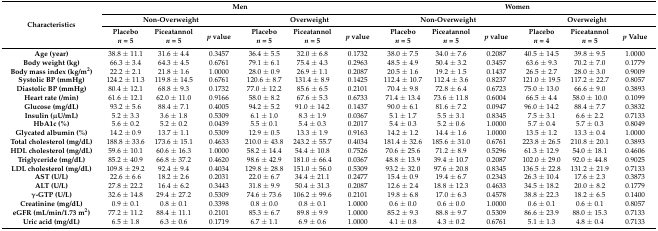
<table><thead><tr><td rowspan="3"><b>Characteristics</b></td><td colspan="6"><b>Men</b></td><td colspan="6"><b>Women</b></td></tr><tr><td colspan="3"><b>Non-Overweight</b></td><td colspan="3"><b>Overweight</b></td><td colspan="3"><b>Non-Overweight</b></td><td colspan="3"><b>Overweight</b></td></tr><tr><td><b>Placebo<i>n</i> = 5</b></td><td><b>Piceatannol<i>n</i> = 5</b></td><td><b><i>p</i> value</b></td><td><b>Placebo<i>n</i> = 5</b></td><td><b>Piceatannol<i>n</i> = 5</b></td><td><b><i>p</i> value</b></td><td><b>Placebo<i>n</i> = 5</b></td><td><b>Piceatannol<i>n</i> = 5</b></td><td><b><i>p</i> value</b></td><td><b>Placebo<i>n</i> = 4</b></td><td><b>Piceatannol<i>n</i> = 5</b></td><td><b><i>p</i> Value</b></td></tr></thead><tbody><tr><td><b>Age (year)</b></td><td>38.8 ± 11.1</td><td>31.6 ± 4.4</td><td>0.3457</td><td>36.4 ± 5.5</td><td>32.0 ± 6.8</td><td>0.1732</td><td>38.0 ± 7.5</td><td>34.0 ± 7.6</td><td>0.2087</td><td>40.5 ± 14.5</td><td>39.8 ± 9.5</td><td>1.0000</td></tr><tr><td><b>Body weight (kg)</b></td><td>66.3 ± 3.4</td><td>64.3 ± 4.5</td><td>0.6761</td><td>79.1 ± 6.1</td><td>75.4 ± 4.3</td><td>0.2963</td><td>48.5 ± 4.9</td><td>50.4 ± 3.2</td><td>0.3457</td><td>63.6 ± 9.3</td><td>70.2 ± 7.0</td><td>0.1779</td></tr><tr><td><b>Body mass index (kg/m<sup>2</sup>)</b></td><td>22.2 ± 2.1</td><td>21.8 ± 1.6</td><td>1.0000</td><td>28.0 ± 0.9</td><td>26.9 ± 1.1</td><td>0.2087</td><td>20.5 ± 1.6</td><td>19.2 ± 1.5</td><td>0.1437</td><td>26.5 ± 2.7</td><td>28.0 ± 3.0</td><td>0.9009</td></tr><tr><td><b>Systolic BP (mmHg)</b></td><td>124.2 ± 11.3</td><td>119.8 ± 14.5</td><td>0.6761</td><td>120.6 ± 8.7</td><td>131.4 ± 8.9</td><td>0.1425</td><td>112.4 ± 10.7</td><td>112.4 ± 3.6</td><td>0.8237</td><td>121.0 ± 19.5</td><td>117.2 ± 22.7</td><td>0.8057</td></tr><tr><td><b>Diastolic BP (mmHg)</b></td><td>80.4 ± 12.1</td><td>68.8 ± 9.3</td><td>0.1732</td><td>77.0 ± 12.2</td><td>85.6 ± 6.5</td><td>0.2101</td><td>70.4 ± 9.8</td><td>72.8 ± 6.4</td><td>0.6723</td><td>75.0 ± 13.0</td><td>66.6 ± 9.0</td><td>0.3893</td></tr><tr><td><b>Heart rate (/min)</b></td><td>61.6 ± 12.1</td><td>62.0 ± 11.0</td><td>0.9166</td><td>58.0 ± 8.2</td><td>67.6 ± 5.3</td><td>0.6733</td><td>71.4 ± 13.4</td><td>73.6 ± 11.8</td><td>0.6004</td><td>66.5 ± 4.4</td><td>58.0 ± 10.0</td><td>0.1099</td></tr><tr><td><b>Glucose (mg/dL)</b></td><td>93.2 ± 5.6</td><td>88.4 ± 7.1</td><td>0.4005</td><td>94.2 ± 5.2</td><td>91.0 ± 14.2</td><td>0.1437</td><td>90.0 ± 6.1</td><td>81.6 ± 7.2</td><td>0.0947</td><td>96.0 ± 14.2</td><td>88.4 ± 7.7</td><td>0.3832</td></tr><tr><td><b>Insulin (μU/mL)</b></td><td>5.2 ± 3.3</td><td>3.6 ± 1.8</td><td>0.5309</td><td>6.1 ± 1.0</td><td>8.3 ± 1.9</td><td>0.0367</td><td>5.1 ± 1.7</td><td>5.5 ± 3.1</td><td>0.8345</td><td>7.5 ± 3.1</td><td>6.6 ± 2.2</td><td>0.7133</td></tr><tr><td><b>HbA1c (%)</b></td><td>5.6 ± 0.2</td><td>5.2 ± 0.2</td><td>0.0439</td><td>5.5 ± 0.1</td><td>5.4 ± 0.3</td><td>0.2017</td><td>5.4 ± 0.3</td><td>5.2 ± 0.6</td><td>1.0000</td><td>5.7 ± 0.4</td><td>5.7 ± 0.3</td><td>0.8049</td></tr><tr><td><b>Glycated albumin (%)</b></td><td>14.2 ± 0.9</td><td>13.7 ± 1.1</td><td>0.5309</td><td>12.9 ± 0.5</td><td>13.3 ± 1.9</td><td>0.9163</td><td>14.2 ± 1.2</td><td>14.4 ± 1.6</td><td>1.0000</td><td>13.5 ± 1.2</td><td>13.3 ± 0.4</td><td>1.0000</td></tr><tr><td><b>Total cholesterol (mg/dL)</b></td><td>188.8 ± 33.6</td><td>173.6 ± 15.1</td><td>0.4633</td><td>210.0 ± 43.8</td><td>243.2 ± 55.7</td><td>0.4034</td><td>181.4 ± 32.6</td><td>185.6 ± 31.0</td><td>0.6761</td><td>223.8 ± 26.5</td><td>210.8 ± 20.1</td><td>0.3893</td></tr><tr><td><b>HDL cholesterol (mg/dL)</b></td><td>59.6 ± 10.1</td><td>60.6 ± 16.3</td><td>1.0000</td><td>58.2 ± 14.4</td><td>54.4 ± 10.8</td><td>0.7526</td><td>70.6 ± 25.6</td><td>71.2 ± 8.9</td><td>0.5296</td><td>61.3 ± 12.9</td><td>54.0 ± 18.1</td><td>0.4606</td></tr><tr><td><b>Triglyceride (mg/dL)</b></td><td>85.2 ± 40.9</td><td>66.8 ± 37.2</td><td>0.4620</td><td>98.6 ± 42.9</td><td>181.0 ± 66.4</td><td>0.0367</td><td>48.8 ± 13.9</td><td>39.4 ± 10.7</td><td>0.2087</td><td>102.0 ± 29.0</td><td>92.0 ± 44.8</td><td>0.9025</td></tr><tr><td><b>LDL cholesterol (mg/dL)</b></td><td>109.8 ± 29.2</td><td>92.4 ± 9.4</td><td>0.4034</td><td>129.8 ± 28.8</td><td>151.0 ± 56.0</td><td>0.5309</td><td>93.2 ± 32.0</td><td>97.6 ± 20.8</td><td>0.8345</td><td>136.5 ± 22.8</td><td>131.2 ± 21.9</td><td>0.7133</td></tr><tr><td><b>AST (U/L)</b></td><td>22.6 ± 6.6</td><td>18.2 ± 2.6</td><td>0.2031</td><td>22.0 ± 6.7</td><td>34.4 ± 21.1</td><td>0.2477</td><td>15.4 ± 0.9</td><td>19.4 ± 6.7</td><td>0.2343</td><td>26.3 ± 10.4</td><td>17.6 ± 2.3</td><td>0.3873</td></tr><tr><td><b>ALT (U/L)</b></td><td>27.8 ± 22.2</td><td>16.4 ± 6.2</td><td>0.3443</td><td>31.8 ± 9.9</td><td>50.4 ± 31.3</td><td>0.2087</td><td>12.6 ± 2.4</td><td>18.8 ± 12.3</td><td>0.4633</td><td>34.5 ± 18.2</td><td>20.0 ± 8.2</td><td>0.1779</td></tr><tr><td><b>γ-GTP (U/L)</b></td><td>32.6 ± 14.8</td><td>29.4 ± 27.2</td><td>0.5309</td><td>74.6 ± 73.6</td><td>106.2 ± 99.6</td><td>0.2101</td><td>19.8 ± 6.8</td><td>17.0 ± 6.3</td><td>0.4578</td><td>38.8 ± 22.3</td><td>18.2 ± 6.5</td><td>0.1400</td></tr><tr><td><b>Creatinine (mg/dL)</b></td><td>0.9 ± 0.1</td><td>0.8 ± 0.1</td><td>0.3398</td><td>0.8 ± 0.0</td><td>0.8 ± 0.1</td><td>1.0000</td><td>0.6 ± 0.0</td><td>0.6 ± 0.0</td><td>1.0000</td><td>0.6 ± 0.1</td><td>0.6 ± 0.1</td><td>0.8057</td></tr><tr><td><b>eGFR (mL/min/1.73 m<sup>2</sup>)</b></td><td>77.2 ± 11.2</td><td>88.4 ± 11.1</td><td>0.2101</td><td>85.3 ± 6.7</td><td>89.8 ± 9.9</td><td>1.0000</td><td>85.2 ± 9.3</td><td>88.8 ± 9.7</td><td>0.5309</td><td>86.6 ± 23.9</td><td>88.0 ± 15.3</td><td>0.7133</td></tr><tr><td><b>Uric acid (mg/dL)</b></td><td>6.5 ± 1.8</td><td>6.3 ± 0.6</td><td>0.1719</td><td>6.7 ± 1.1</td><td>6.9 ± 0.6</td><td>1.0000</td><td>4.1 ± 0.8</td><td>4.3 ± 0.2</td><td>0.6761</td><td>5.1 ± 1.3</td><td>4.8 ± 0.4</td><td>0.7133</td></tr></tbody></table>